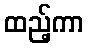
ထည့်ကာ